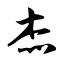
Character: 杰